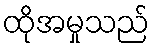
ထိုအမှုသည်